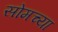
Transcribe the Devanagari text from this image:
सोमच्या